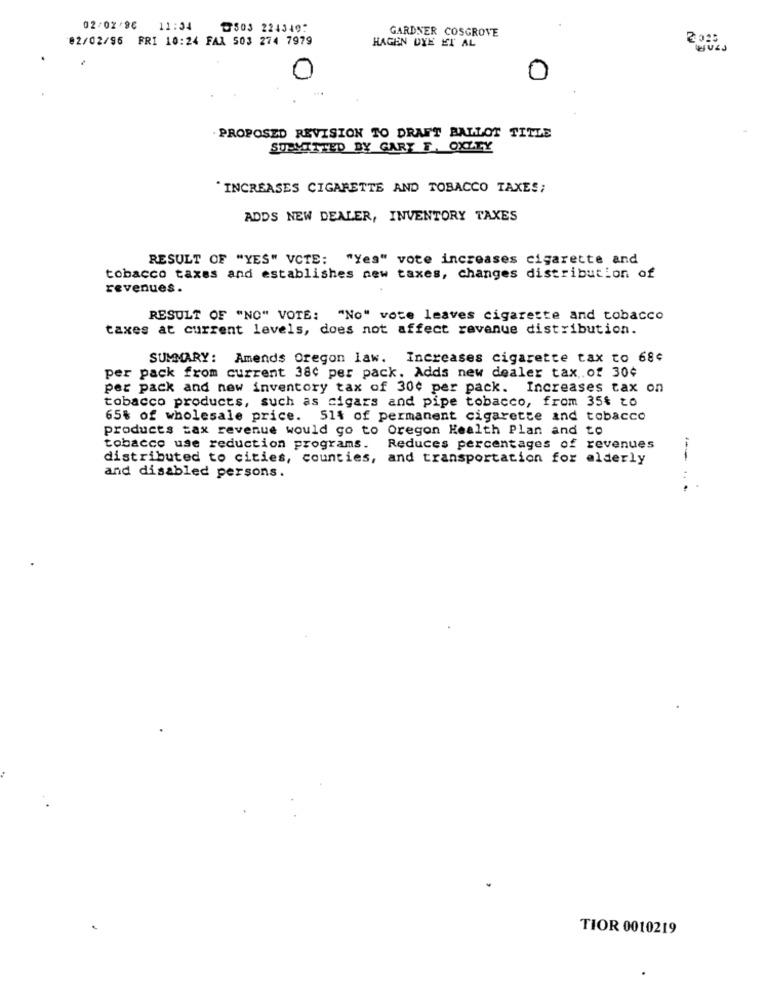
02/02/86 1
11:34 ₸503 224340:
GARDNER COSGROVE
02/02/96 FRI 10:24 FAX 503 274 7979
HAGEN DYE ET AL
0
PROPOSED REVISION TO DRAFT BALLOT TITE
SUBMITTED BY GARY F. OXZTY
"INCREASES CIGARETTE AND TOBACCO TAXES;
ADDS NEW DEALER, INVENTORY TAXES
RESULT OF "YES" VOTE: "Yes" vote increases cigarette and
tobacco taxes and establishes new taxes, changes distribution of
revenues .
RESULT OF "NO" VOTE: "No" vote leaves cigarette and tobacco
taxes at current levels, does not affect revenue distribution.
SUMMARY: Amends Oregon law. Increases cigarette tax to 68¢
per pack from current 38c per pack. Adds new dealer tax.of 30¢
per pack and new inventory tax of 30¢ per pack. Increases tax on
tobacco products, such as cigars and pipe tobacco, from 35% to
65% of wholesale price. 51% of permanent cigarette and tobacco
products tax revenue would go to Oregon Health Plan and to
tobacco use reduction programs.
Reduces percentages of revenues
distributed to cities, counties, and transportation for elderly
and disabled persons.
--..
TIOR 0010219